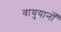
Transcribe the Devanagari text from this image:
वायुयानोँ